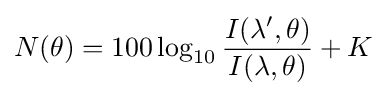
N(\theta )=100\log _{10}{\frac {I(\lambda ',\theta )}{I(\lambda ,\theta )}}+K